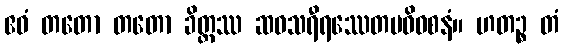
ဧဝံ တတော တတော ခိတ္တဿ ဆဝသရီရဿေတမဓိဝစနံ။ ဟတဉ္စ တံ